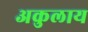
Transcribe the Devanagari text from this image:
अकुलाय